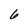
Character: 6